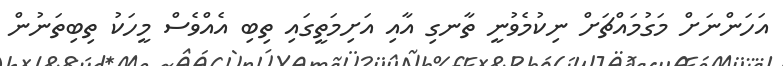
އަހަންނަށް މަގުމައްޗަށް ނިކުމެވުނީ ތާނގި އާއި އަށިމަތީގައި ތިބި އެއްވެސް މީހަކު ތިބިތަނުން